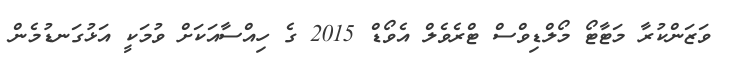
ވަޒަންކުރާ މަޓާޓޯ މޯލްޑިވްސް ޓްރެވެލް އެވޯޑް 2015 ގެ ހިއްސާއަކަށް ވުމަކީ އަޅުގަނޑުމެން